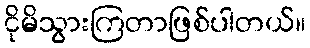
ငိုမိသွားကြတာဖြစ်ပါတယ်။